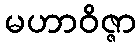
မဟာဝိဇ္ဇာ